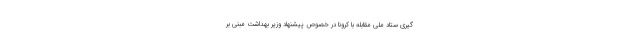
گیری ستاد ملی مقابله با کرونا در خصوص پیشنهاد وزیر بهداشت مبنی بر